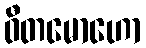
ဝီတမောဟော